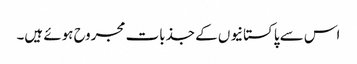
اس سے پاکستانیوں کے جذبات مجروح ہوئے ہیں۔